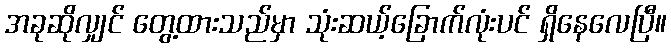
အခုဆိုလျှင် တွေ့ထားသည်မှာ သုံးဆယ့်ခြောက်လုံးပင် ရှိနေလေပြီ။